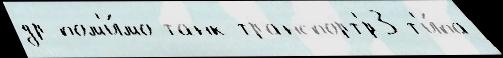
др пом'и́мо танк-транспорт'́р3 т'и́па